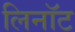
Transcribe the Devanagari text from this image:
लिनॉट